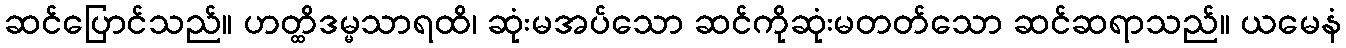
ဆင်ပြောင်သည်။ ဟတ္ထိဒမ္မသာရထိ၊ ဆုံးမအပ်သော ဆင်ကိုဆုံးမတတ်သော ဆင်ဆရာသည်။ ယမေနံ